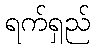
ရက်ရှည်